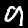
Label: 9